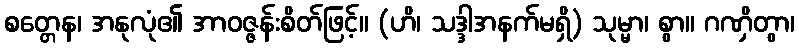
စတ္တေန၊ အနုလုံ၏ အာဝဇ္ဇန်းစိတ်ဖြင့်။ (ဟိ၊ သဒ္ဒါအနက်မရှိ) သုမ္မာ၊ စွာ။ ဂဏှိတွာ၊